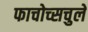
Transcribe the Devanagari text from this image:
फाचोच्सचुले